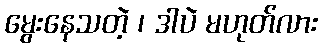
မွေးနေသတဲ့ ၊ ဒါပဲ မဟုတ်လား